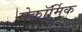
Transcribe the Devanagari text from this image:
मेकॉर्मिक